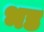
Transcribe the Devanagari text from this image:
भड